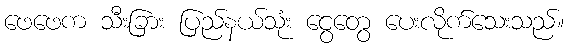
ဖေဖေက သီးခြား ပြည်နယ်သုံး ငွေတွေ ပေးလိုက်သေးသည်။